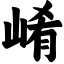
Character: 崤